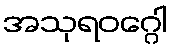
အသုရဝဂ္ဂေါ